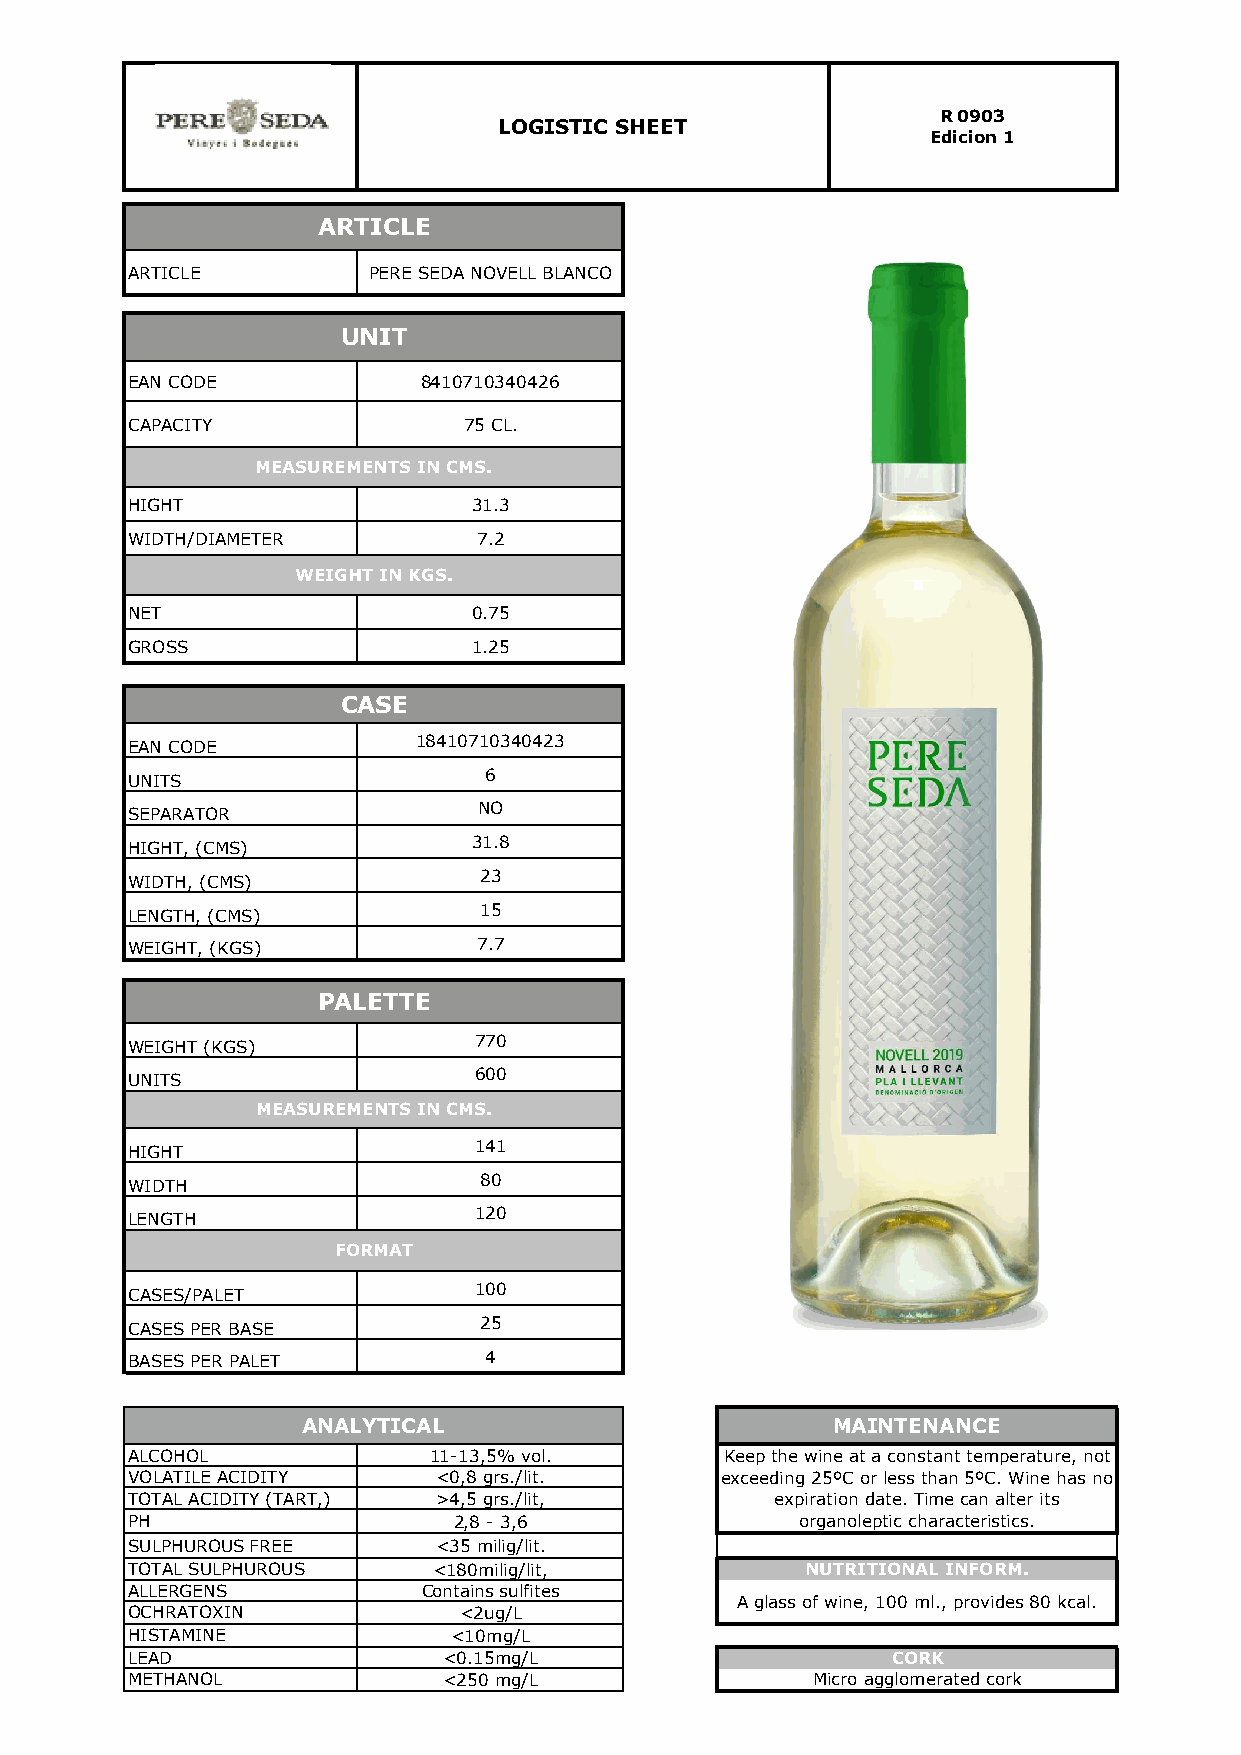
R 0903
 LOGISTIC SHEET
 Edicion 1
 ARTICLE
 ARTICLE         PERE SEDA NOVELL BLANCO
 UNIT
 EAN CODE            8410710340426
 CAPACITY               75 CL.
 MEASUREMENTS IN CMS.
 HIGHT                  31.3
 WIDTH/DIAMETER          7.2
 WEIGHT IN KGS.
 NET                    0.75
 GROSS                  1.25
 CASE
 EAN CODE           18410710340423
 UNITS                   6
 SEPARATOR               NO
 HIGHT, (CMS)           31.8
 WIDTH, (CMS)            23
 LENGTH, (CMS)           15
 WEIGHT, (KGS)           7.7
 PALETTE
 WEIGHT (KGS)           770
 UNITS                  600
 MEASUREMENTS IN CMS.
 HIGHT                  141
 WIDTH                   80
 LENGTH                 120
 FORMAT
 CASES/PALET            100
 CASES PER BASE          25
 BASES PER PALET         4
 ANALYTICAL                         MAINTENANCE
 ALCOHOL             11-13,5% vol.       Keep the wine at a constant temperature, not
 VOLATILE ACIDITY     <0,8 grs./lit.     exceeding 25ºC or less than 5ºC. Wine has no
 TOTAL ACIDITY (TART,) >4,5 grs./lit,       expiration date. Time can alter its
 PH                    2,8 - 3,6              organoleptic characteristics.
 SULPHUROUS FREE      <35 milig/lit.
 TOTAL SULPHUROUS     <180milig/lit,          NUTRITIONAL INFORM.
 ALLERGENS           Contains sulfites
 A glass of wine, 100 ml., provides 80 kcal.
 OCHRATOXIN            <2ug/L
 HISTAMINE             <10mg/L
 LEAD                 <0.15mg/L                     CORK
 METHANOL             <250 mg/L                Micro agglomerated cork